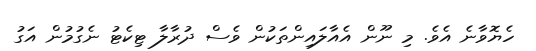
ހެޔޮވާނެ އެވެ. މި ނޫން އެއާލައިންތަކުން ވެސް ދުރާލާ ޓިކެޓު ނެގުމުން އަގު